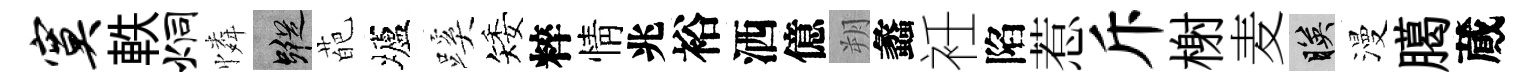
寞軼炯憐蹤葩壚蹊矮粹情兆裕洒億朔蠡衽陷惹斥榭麦映漫臈蕆